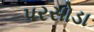
પરસોડા